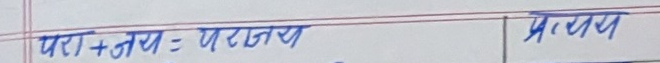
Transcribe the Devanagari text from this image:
परा + जय = पराजय
प्रत्यय